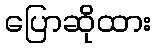
ပြောဆိုထား